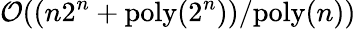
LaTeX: \mathcal{O}((n2^{n}+\mathrm{poly}(2^{n}))/\mathrm{poly}(n))